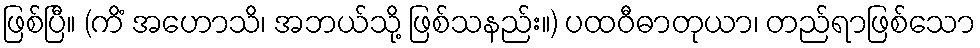
ဖြစ်ပြီ။ (ကိံ အဟောသိ၊ အဘယ်သို့ ဖြစ်သနည်း။) ပထဝီဓာတုယာ၊ တည်ရာဖြစ်သော